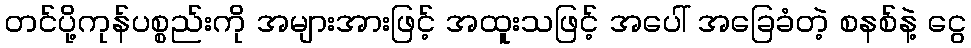
တင်ပို့ကုန်ပစ္စည်းကို အများအားဖြင့် အထူးသဖြင့် အပေါ် အခြေခံတဲ့ စနစ်နဲ့ ငွေ